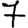
Digit: 7